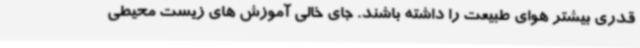
قدری بیشتر هوای طبیعت را داشته باشند. جای خالی آموزش های زیست محیطی